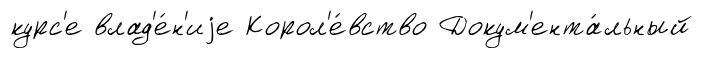
курс'е влад'е́н'иjе Корол'е́вство Докум'ента́льный